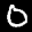
Label: 0